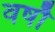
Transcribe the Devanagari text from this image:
वर्षाँ